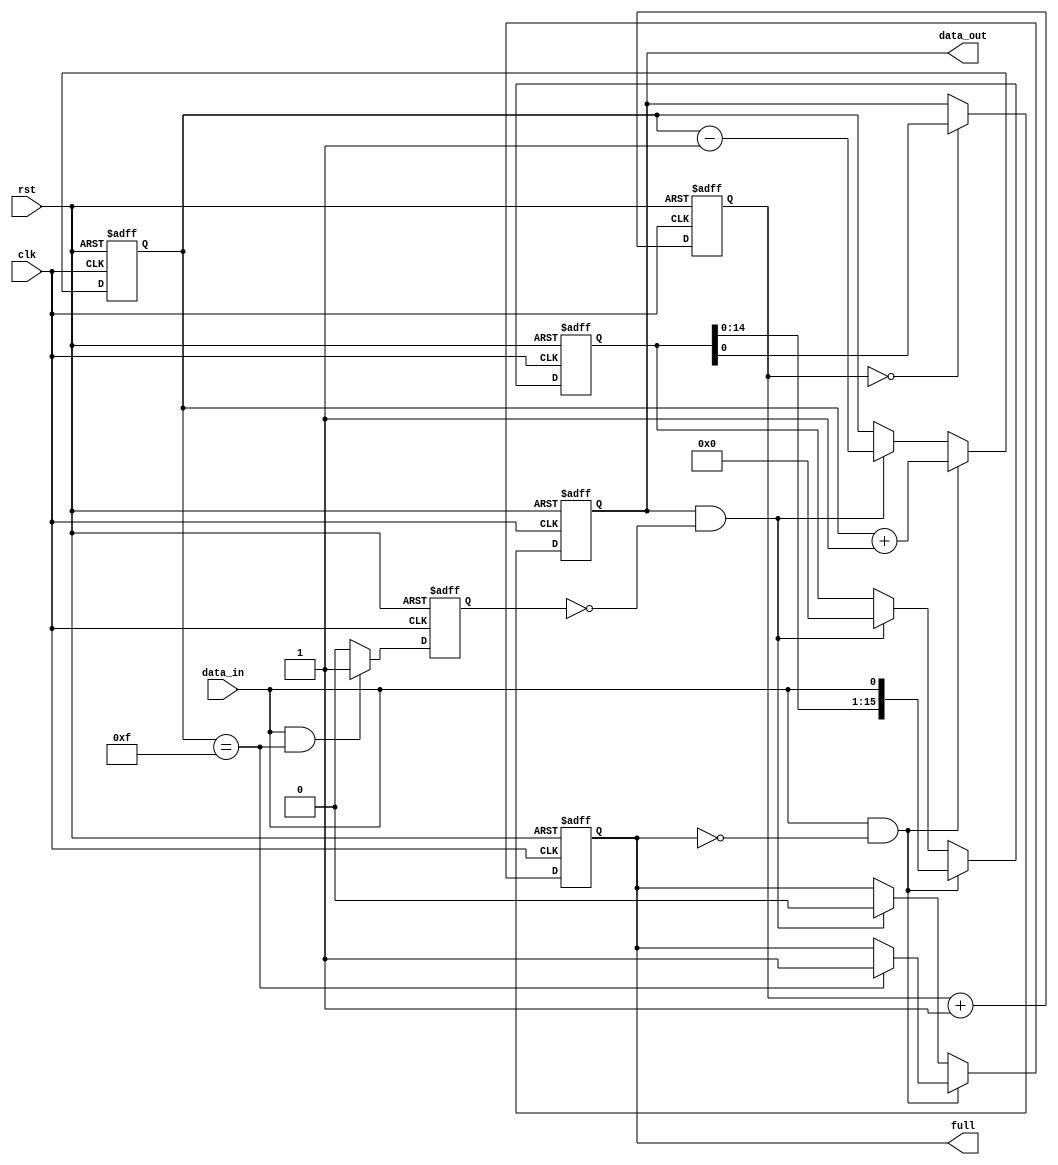
module almost_full_fifo (
    input wire clk,
    input wire rst,
    input wire data_in,
    output wire data_out,
    output wire full
);

// Parameters
parameter DEPTH = 16;

// Internal signals
reg [DEPTH-1:0] fifo;
reg [DEPTH-1:0] count;
reg almost_full;
reg sync_data_out;
reg [1:0] sync_count;

// Synchronization process
always @(posedge clk or posedge rst) begin
    if (rst) begin
        sync_data_out <= 0;
        sync_count <= 0;
    end else begin
        if (sync_count == 0) begin
            sync_data_out <= fifo[0];
        end
        sync_count <= sync_count + 1;
        if (sync_count == DEPTH) begin
            sync_count <= 0;
        end
    end
end

// Control logic process
always @(posedge clk or posedge rst) begin
    if (rst) begin
        fifo <= 0;
        count <= 0;
        full <= 0;
        almost_full <= 0;
    end else begin
        if (data_in && (count == DEPTH-1)) begin
            almost_full <= 1;
        end else begin
            almost_full <= 0;
        end
        if (data_in && !full) begin
            fifo <= {fifo[DEPTH-2:0], data_in};
            count <= count + 1;
            if (count == DEPTH-1) begin
                full <= 1;
            end
        end else if (data_out && !almost_full) begin
            fifo <= {fifo[DEPTH-2:0], 0};
            count <= count - 1;
            full <= 0;
        end
    end
end

// Output assignment
assign data_out = sync_data_out;

endmodule